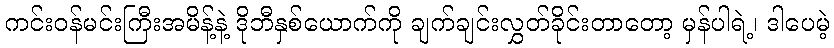
ကင်းဝန်မင်းကြီးအမိန့်နဲ့ ဒိုဘီနှစ်ယောက်ကို ချက်ချင်းလွှတ်ခိုင်းတာတော့ မှန်ပါရဲ့၊ ဒါပေမဲ့